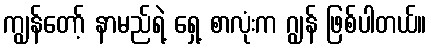
ကျွန်တော့် နာမည်ရဲ့ ရှေ့ စာလုံးက ဂျွန် ဖြစ်ပါတယ်။